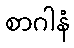
စာဂါနံ